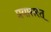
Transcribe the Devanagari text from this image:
प्रयासरत्